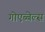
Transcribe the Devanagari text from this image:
गोएब्बेल्स